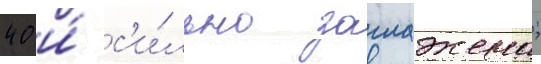
40 и́ с'и́льно заглажена;